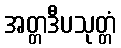
အတ္တဒီပသုတ္တံ